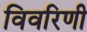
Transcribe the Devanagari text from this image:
विवरिणी